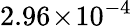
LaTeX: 2.96\! \times\! 10^{-4}